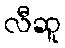
လီဆူ